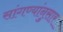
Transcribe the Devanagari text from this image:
सांगण्यांनुसार